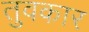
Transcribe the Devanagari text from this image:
तुवकार